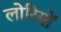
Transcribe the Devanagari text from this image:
लोरियों